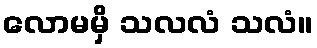
လောမမှိ သလလံ သလံ။